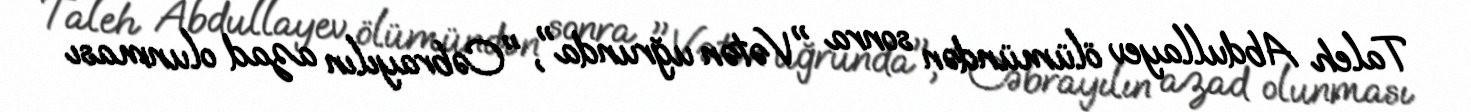
Taleh Abdullayev ölümündən sonra "Vətən uğrunda", "Cəbrayılın azad olunması